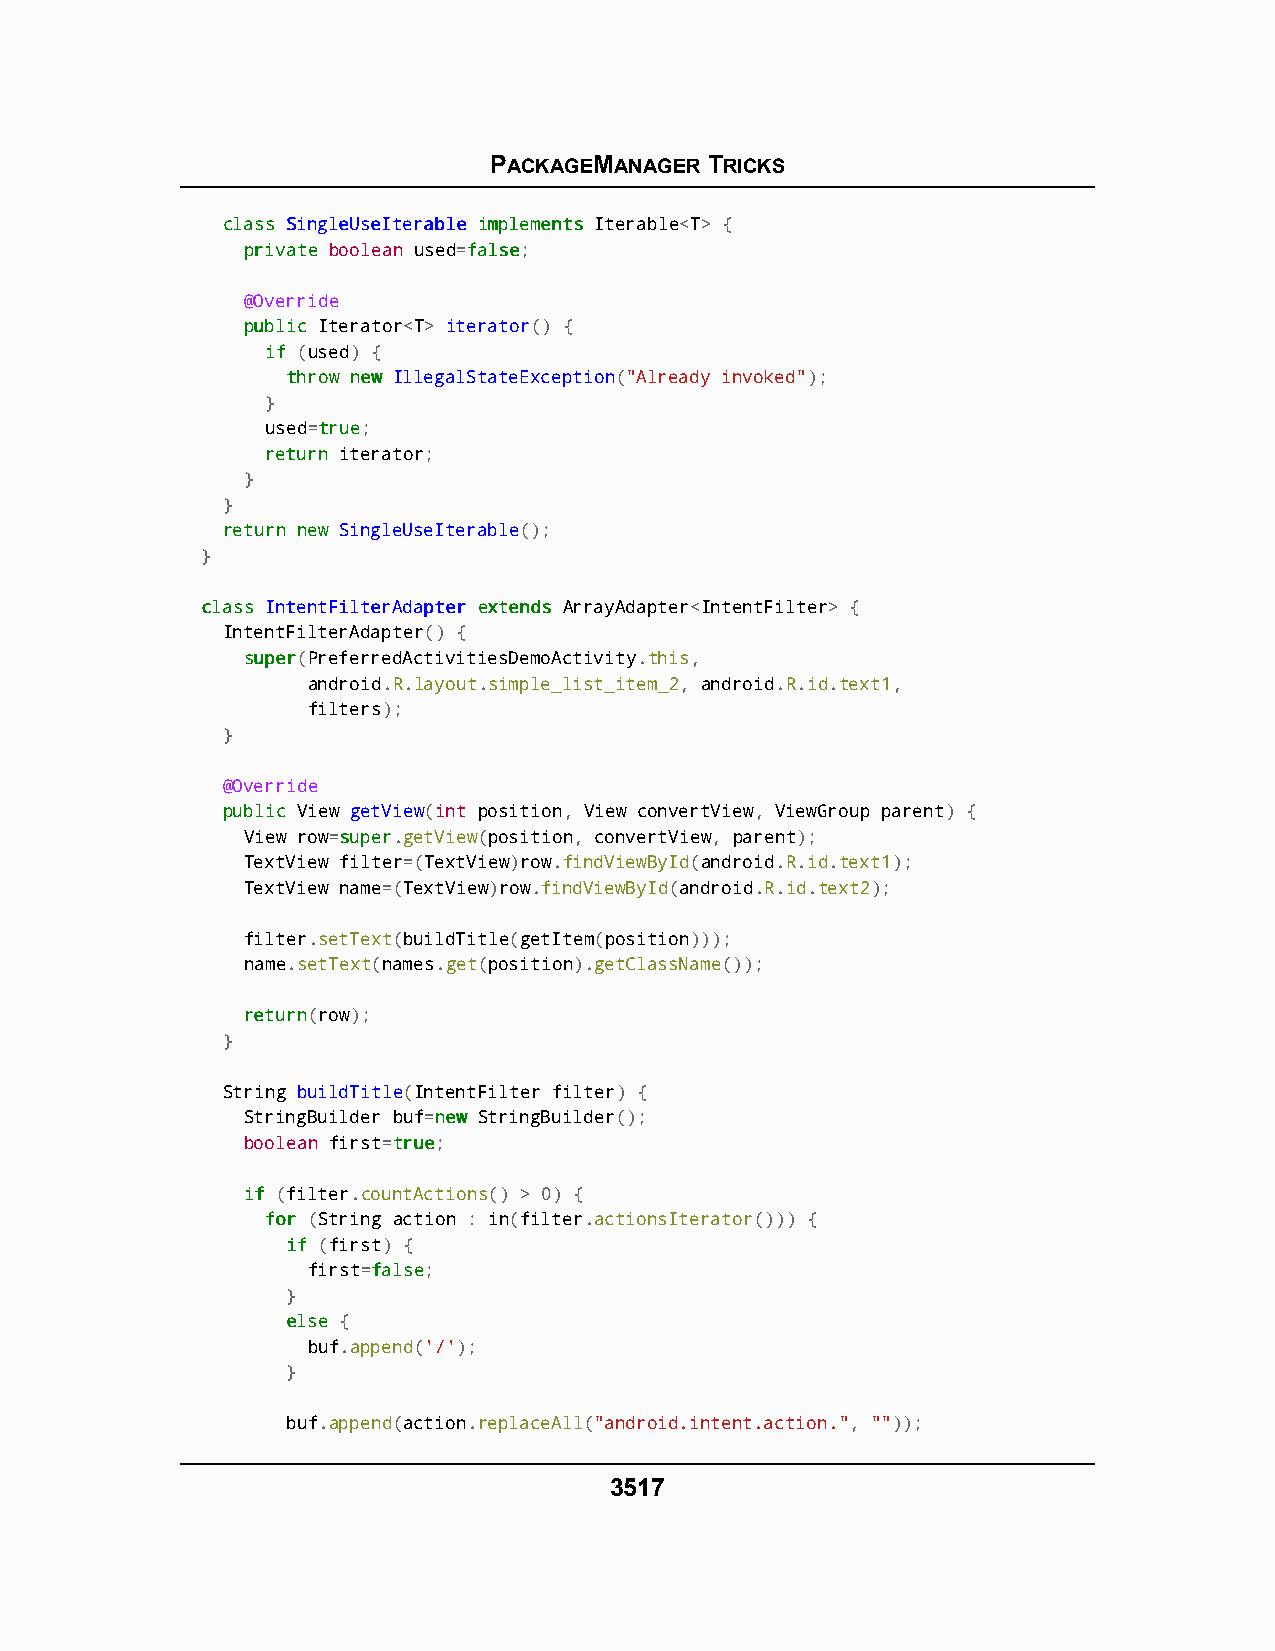
PACKAGEMANAGER TRICKS
 ccllaassss SSiinngglleeUUsseeIItteerraabbllee iimmpplleemmeennttss Iterable<T> {
 pprriivvaattee boolean used=ffaallssee;
 @Override
 ppuubblliicc Iterator<T> iterator() {
 iiff (used) {
 tthhrrooww nneeww IllegalStateException("Already invoked");
 }
 used=ttrruuee;
 rreettuurrnn iterator;
 }
 }
 rreettuurrnn nneeww SingleUseIterable();
 }
 ccllaassss IInntteennttFFiilltteerrAAddaapptteerr eexxtteennddss ArrayAdapter<IntentFilter> {
 IntentFilterAdapter() {
 ssuuppeerr(PreferredActivitiesDemoActivity.this,
 android.R.layout.simple_list_item_2, android.R.id.text1,
 filters);
 }
 @Override
 ppuubblliicc View getView(int position, View convertView, ViewGroup parent) {
 View row=ssuuppeerr.getView(position, convertView, parent);
 TextView filter=(TextView)row.findViewById(android.R.id.text1);
 TextView name=(TextView)row.findViewById(android.R.id.text2);
 filter.setText(buildTitle(getItem(position)));
 name.setText(names.get(position).getClassName());
 rreettuurrnn(row);
 }
 String buildTitle(IntentFilter filter) {
 StringBuilder buf=nneeww StringBuilder();
 boolean first=ttrruuee;
 iiff (filter.countActions() > 0) {
 ffoorr (String action : in(filter.actionsIterator())) {
 iiff (first) {
 first=ffaallssee;
 }
 eellssee {
 buf.append('/');
 }
 buf.append(action.replaceAll("android.intent.action.", ""));
 3517